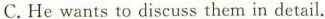
C.He wants to discuss them in detail.